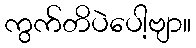
ကွက်တိပဲပေါ့ဗျာ။